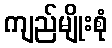
ကျည်မျိုးစုံ